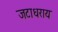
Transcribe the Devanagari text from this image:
जटाधराय